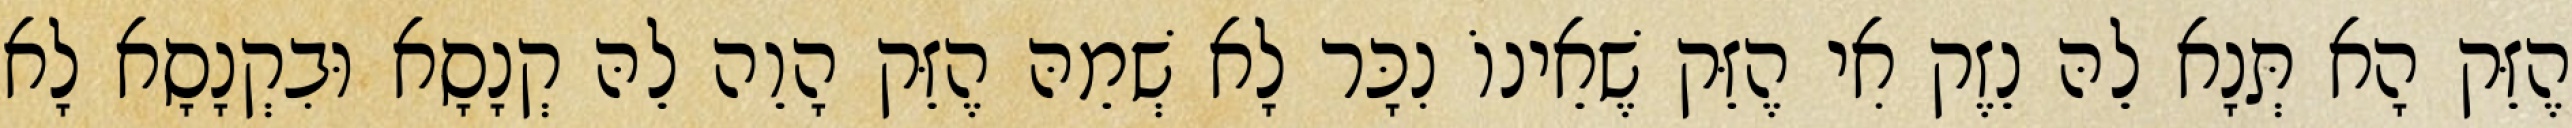
הֶזֵּק הָא תְּנָא לֵהּ נֵזֶק אִי הֶזֵּק שֶׁאֵינוֹ נִכָּר לָא שְׁמֵהּ הֶזֵּק הָוֵה לֵהּ קְנָסָא וּבִקְנָסָא לָא